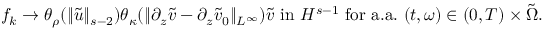
\begin{array} { r } { f _ { k } \to \theta _ { \rho } ( \| \tilde { u } \| _ { s - 2 } ) \theta _ { \kappa } ( \| \partial _ { z } \tilde { v } - \partial _ { z } \tilde { v } _ { 0 } \| _ { L ^ { \infty } } ) \tilde { v } \mathrm { ~ i n ~ } H ^ { s - 1 } \mathrm { ~ f o r ~ a . a . ~ } ( t , \omega ) \in ( 0 , T ) \times \tilde { \Omega } . } \end{array}